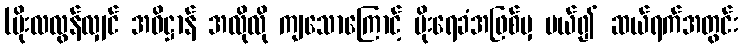
(မိုးလလွန်လျှင် အဓိဋ္ဌာန် အလိုလို ကျသောကြောင့် မိုးရေခံအဖြစ်မှ ပယ်၍ ဆယ်ရက်အတွင်း